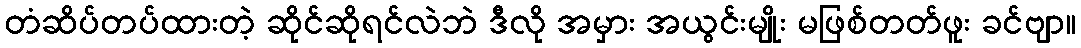
တံဆိပ်တပ်ထားတဲ့ ဆိုင်ဆိုရင်လဲဘဲ ဒီလို အမှား အယွင်းမျိုး မဖြစ်တတ်ဖူး ခင်ဗျာ။